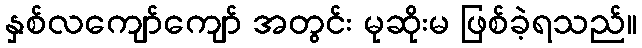
နှစ်လကျော်ကျော် အတွင်း မုဆိုးမ ဖြစ်ခဲ့ရသည်။